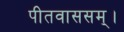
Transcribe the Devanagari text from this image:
पीतवाससम्‌।